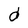
Character: d